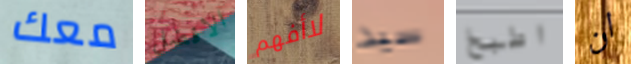
معك الافضل لاأفهم سيد اطبخ ان